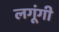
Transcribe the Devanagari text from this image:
लगूंगी